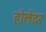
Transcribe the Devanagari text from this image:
होलेंदर